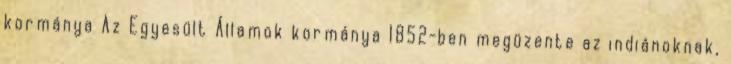
kormánya Az Egyesült Államok kormánya 1852-ben megüzente az indiánoknak,